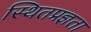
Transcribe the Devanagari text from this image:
स्थितप्रज्ञता